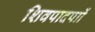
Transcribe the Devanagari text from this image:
शिवपादपाों